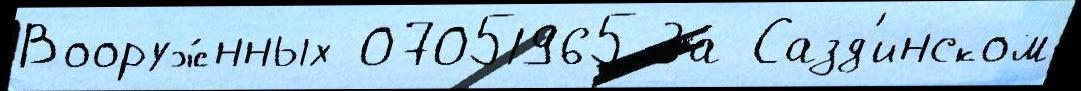
Вооруж́нных 07051965 За Сазд'инском